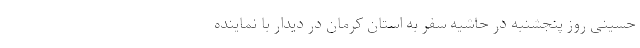
حسینی روز پنجشنبه در حاشیه سفر به استان کرمان در دیدار با نماینده